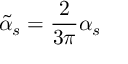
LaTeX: \tilde { \alpha } _ { s } = { \frac { 2 } { 3 \pi } } \alpha _ { s }